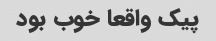
پیک واقعا خوب بود